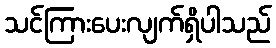
သင်ကြားပေးလျက်ရှိပါသည်